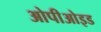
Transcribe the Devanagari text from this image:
ओपीओइड